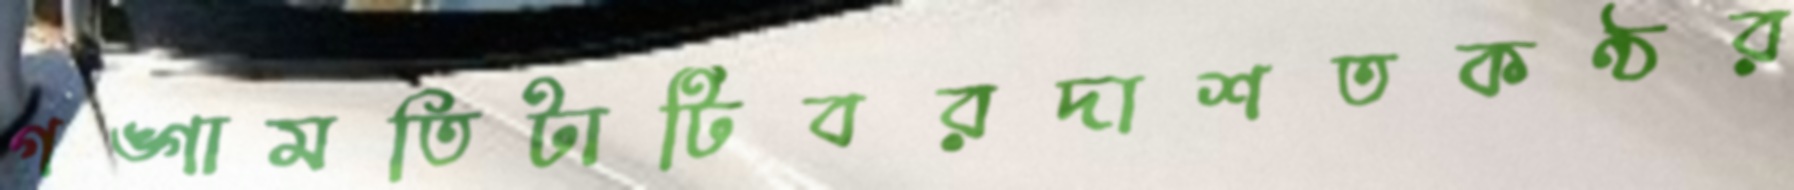
গঙ্গামতিটাটিবরদাশতকণ্ঠর